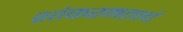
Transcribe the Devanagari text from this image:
शांकरमताचं